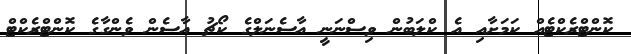
ކޮންޓްރެކްޓެއް ކަމަށާއި އެ ކްލަބުން ވިސްނަނީ އާސެނަލްގެ ކޯޗު އާސެން ވެންގާގެ ކޮންޓްރެކްޓް